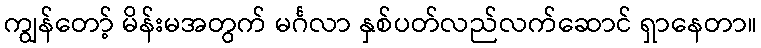
ကျွန်တော့် မိန်းမအတွက် မင်္ဂလာ နှစ်ပတ်လည်လက်ဆောင် ရှာနေတာ။